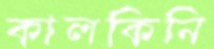
কালকিনি